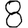
Digit: 8